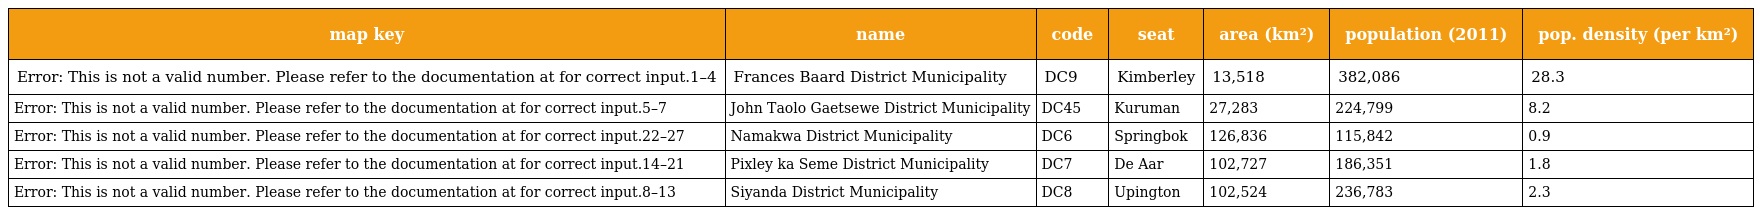
| map key | name | code | seat | area (km²) | population (2011) | pop. density (per km²) |
 | --- | --- | --- | --- | --- | --- | --- |
 | Error: This is not a valid number. Please refer to the documentation at for correct input.1–4 | Frances Baard District Municipality | DC9 | Kimberley | 13,518 | 382,086 | 28.3 |
 | Error: This is not a valid number. Please refer to the documentation at for correct input.5–7 | John Taolo Gaetsewe District Municipality | DC45 | Kuruman | 27,283 | 224,799 | 8.2 |
 | Error: This is not a valid number. Please refer to the documentation at for correct input.22–27 | Namakwa District Municipality | DC6 | Springbok | 126,836 | 115,842 | 0.9 |
 | Error: This is not a valid number. Please refer to the documentation at for correct input.14–21 | Pixley ka Seme District Municipality | DC7 | De Aar | 102,727 | 186,351 | 1.8 |
 | Error: This is not a valid number. Please refer to the documentation at for correct input.8–13 | Siyanda District Municipality | DC8 | Upington | 102,524 | 236,783 | 2.3 |